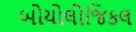
બોયોલોજિકલ